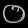
Digit: ၀